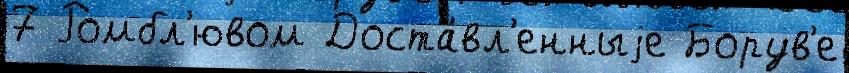
7 Ромбл'ювом Доста́вл'енныjе Борув'е